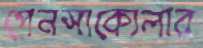
পেনসাকোলার